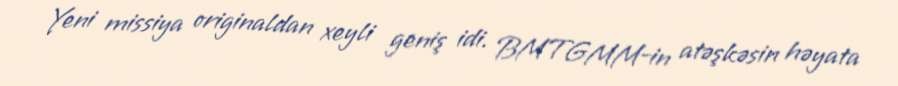
Yeni missiya originaldan xeyli geniş idi. BMTGMM-in atəşkəsin həyata